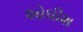
શોધીશ